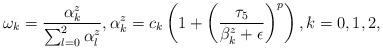
LaTeX: \begin{align*}\omega_k=\frac{\alpha_k^z}{\sum_{l=0}^2\alpha_l^z},\alpha_k^z=c_k\left(1+\left(\frac{\tau_5}{\beta^z_k+\epsilon}\right)^p\right), k=0,1,2,\end{align*}